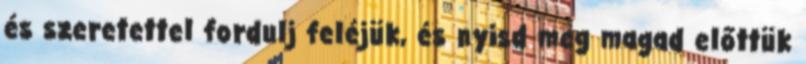
és szeretettel fordulj feléjük, és nyisd meg magad előttük